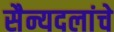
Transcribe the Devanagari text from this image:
सैन्यदलांचे